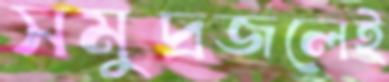
সমুদ্রজলেই